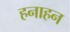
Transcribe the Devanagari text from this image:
हनाहन